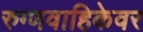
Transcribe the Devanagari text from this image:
रुग्णवाहिकेवर